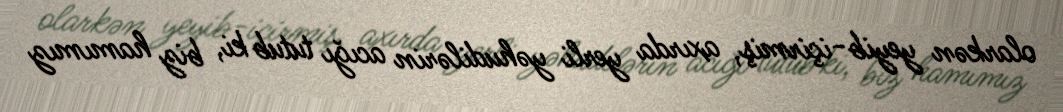
olarkən yeyib-içirmiş, axırda yerli yəhudilərin acığı tutub ki, biz hamımız